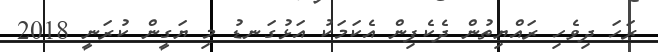
ރަހަ ދިވެހި ރައްޔިތުން ދެކެފިން އެކަމަކު އަޅުގަނޑު މި ޔަގީން ކުރަނީ 2018